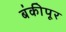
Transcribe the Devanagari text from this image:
बंकीपूर